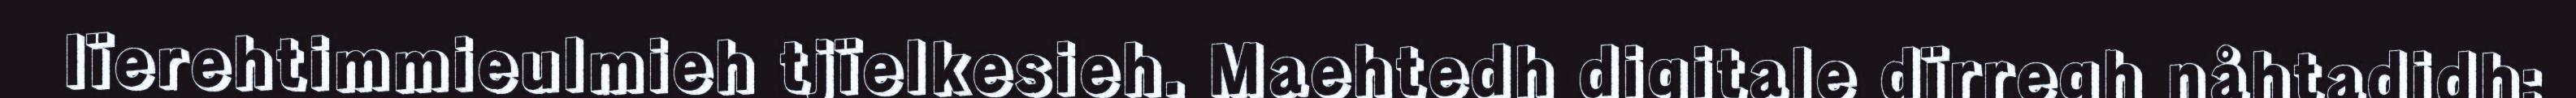
lïerehtimmieulmieh tjïelkesieh. Maehtedh digitale dïrregh nåhtadidh: